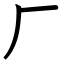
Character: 厂